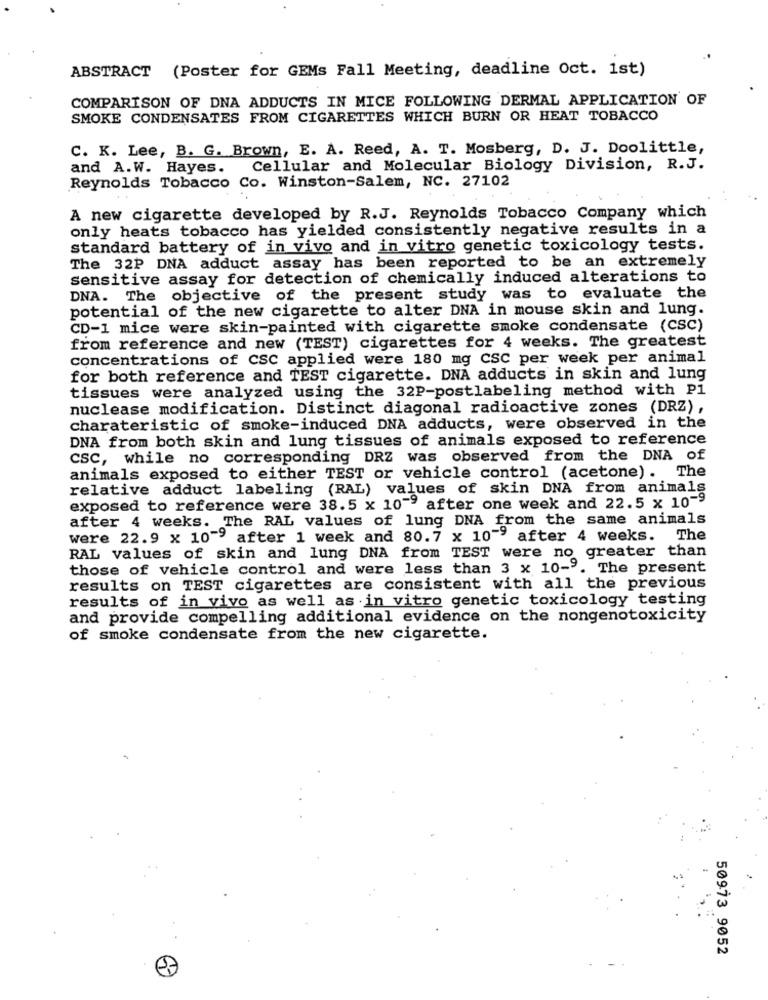
ABSTRACT (Poster for GEMs Fall Meeting, deadline Oct. 1st)
COMPARISON OF DNA ADDUCTS IN MICE FOLLOWING DERMAL APPLICATION OF
SMOKE CONDENSATES FROM CIGARETTES WHICH BURN OR HEAT TOBACCO
C. K. Lee, B. G. Brown, E. A. Reed, A. T. Mosberg, D. J. Doolittle,
and A.W. Hayes. Cellular and Molecular Biology Division, R.J.
Reynolds Tobacco Co. Winston-Salem, NC. 27102
A new cigarette developed by R.J. Reynolds Tobacco Company which
only heats tobacco has yielded consistently negative results in a
standard battery of in vivo and in vitro genetic toxicology tests.
The 32P DNA adduct assay has been reported to be an extremely
sensitive assay for detection of chemically induced alterations to
DNA. The objective of the present study was to evaluate the
potential of the new cigarette to alter DNA in mouse skin and lung.
CD-1 mice were skin-painted with cigarette smoke condensate (CSC)
from reference and new (TEST) cigarettes for 4 weeks. The greatest
concentrations of CSC applied were 180 mg CSC per week per animal
for both reference and TEST cigarette. DNA adducts in skin and lung
tissues were analyzed using the 32P-postlabeling method with Pl
nuclease modification. Distinct diagonal radioactive zones (DRZ),
charateristic of smoke-induced DNA adducts, were observed in the
DNA from both skin and lung tissues of animals exposed to reference
CSC, while no corresponding DRZ was observed from the DNA of
animals exposed to either TEST or vehicle control (acetone). The
relative adduct labeling (RAL) values of skin DNA from animals
exposed to reference were 38.5 x 10"" after one week and 22.5 x 10-9
after 4 weeks. The RAL values of lung DNA from the same animals
were 22.9 x 10"9 after 1 week and 80.7 x 10"9 after 4 weeks.
The
RAL values of skin and lung DNA from TEST were no greater than
those of vehicle control and were less than 3 x 10-9. The present
results on TEST cigarettes are consistent with all the previous
results of in vivo as well as in vitro genetic toxicology testing
and provide compelling additional evidence on the nongenotoxicity
of smoke condensate from the new cigarette.
50973 9052